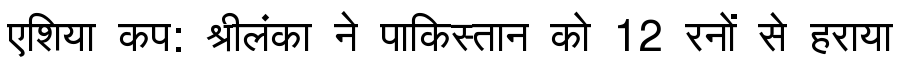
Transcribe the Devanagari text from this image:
एशिया कप: श्रीलंका ने पाकिस्तान को 12 रनों से हराया